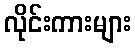
လိုင်းကားများ